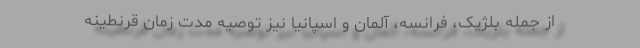
از جمله بلژیک، فرانسه، آلمان و اسپانیا نیز توصیه مدت زمان قرنطینه